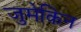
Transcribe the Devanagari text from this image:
जुमेकिन